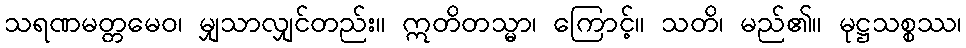
သရဏမတ္တမေဝ၊ မျှသာလျှင်တည်း။ ဣတိတသ္မာ၊ ကြောင့်။ သတိ၊ မည်၏။ မုဋ္ဌသစ္စဿ၊